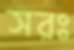
সরঃ